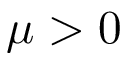
\mu > 0